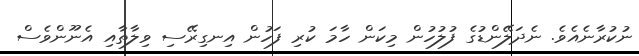
ނުކުރާނެއެވެ. ނެދަލޭންޑުގެ ފުލުހުން މިކަން ހާމަ ކުރި ފަހުން އިނގިރޭސި ވިލާތާއި އެނޫންވެސް